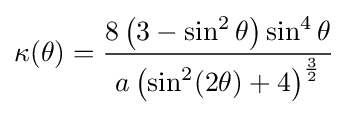
\kappa (\theta )={\frac {8\left(3-\sin ^{2}\theta \right)\sin ^{4}\theta }{a\left(\sin ^{2}(2\theta )+4\right)^{\frac {3}{2}}}}